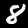
Label: 8